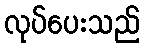
လုပ်ပေးသည်